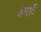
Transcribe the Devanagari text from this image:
शमों।